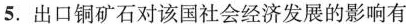
5.出口铜矿石对该国社会经济发展的影响有